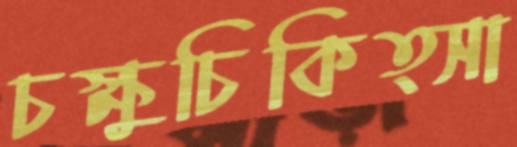
চক্ষুচিকিত্সা